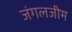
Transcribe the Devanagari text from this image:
जंगलजीम